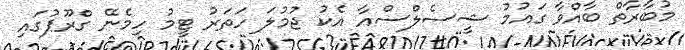
މުބާރާތް ބާއްވާ ގައުމު ޝީސެލްސްއާ އެކު ޖުމުލަ ހަތަރު ޓީމު ހިމެނޭ ގްރޫޕުގައި